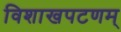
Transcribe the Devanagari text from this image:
विशाखपटणम्‌